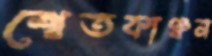
শ্বেতকাঞ্চন